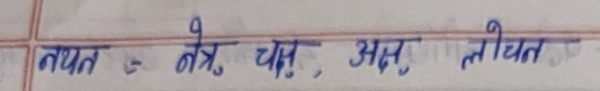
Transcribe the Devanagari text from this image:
नयन = नेत्र, चक्षु, अक्ष, लोचन